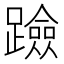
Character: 𨆘